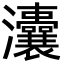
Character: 灢